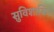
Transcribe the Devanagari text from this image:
सुविशाखित